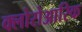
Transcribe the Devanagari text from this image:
क्लोरोआरिक